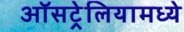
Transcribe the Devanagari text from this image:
ऑसट्रेलियामध्ये